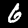
Digit: 6